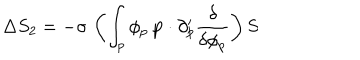
\Delta S _ { 2 } = - \sigma \, \left( \int _ { p } \phi _ { p } \, { \bf p } \cdot \partial _ { p } ^ { \prime } \frac { \delta } { \delta \phi _ { p } } \right) S